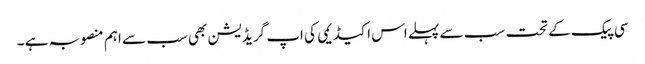
سی پیک کے تحت سب سے پہلے اس اکیڈیمی کی اپ گریڈیشن بھی سب سے اہم منصوبہ ہے ۔